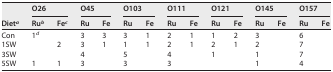
<table><thead><tr><td rowspan="2"><b>Diet<sup>a</sup></b></td><td colspan="2"><b>O26</b></td><td colspan="2"><b>O45</b></td><td colspan="2"><b>O103</b></td><td colspan="2"><b>O111</b></td><td colspan="2"><b>O121</b></td><td colspan="2"><b>O145</b></td><td colspan="2"><b>O157</b></td></tr><tr><td><b>Ru<sup>b</sup></b></td><td><b>Fe<sup>c</sup></b></td><td><b>Ru</b></td><td><b>Fe</b></td><td><b>Ru</b></td><td><b>Fe</b></td><td><b>Ru</b></td><td><b>Fe</b></td><td><b>Ru</b></td><td><b>Fe</b></td><td><b>Ru</b></td><td><b>Fe</b></td><td><b>Ru</b></td><td><b>Fe</b></td></tr></thead><tbody><tr><td>Con</td><td>1<sup>d</sup></td><td></td><td>3</td><td>3</td><td>3</td><td>1</td><td>2</td><td>1</td><td>1</td><td>2</td><td>3</td><td></td><td>6</td><td></td></tr><tr><td>1SW</td><td></td><td>2</td><td>3</td><td>1</td><td>1</td><td>1</td><td>2</td><td>1</td><td>2</td><td>1</td><td>2</td><td></td><td>7</td><td></td></tr><tr><td>3SW</td><td></td><td></td><td>4</td><td></td><td>5</td><td></td><td>4</td><td></td><td>1</td><td></td><td>1</td><td></td><td>7</td><td></td></tr><tr><td>5SW</td><td>1</td><td>1</td><td>3</td><td></td><td>3</td><td></td><td>3</td><td></td><td></td><td></td><td>1</td><td></td><td>4</td><td></td></tr></tbody></table>